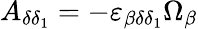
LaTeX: A_{\delta\delta_{1}}=-\varepsilon_{\beta\delta\delta_{1}}\Omega_{\beta}